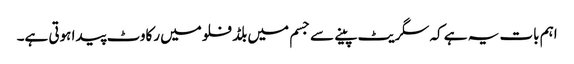
اہم بات یہ ہے کہ سگریٹ پینے سے جسم میں بلڈ فلو میں رکاوٹ پیدا ہوتی ہے۔